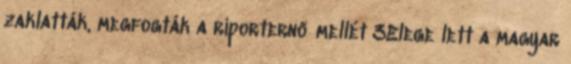
zaklatták, megfogták a riporternő mellét 3Elege lett a magyar